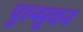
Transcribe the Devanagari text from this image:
पुल्सुवन